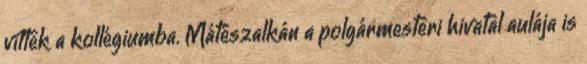
vittek a kollégiumba. Mátészalkán a polgármesteri hivatal aulája is